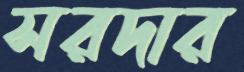
সরদার